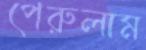
পেরুলাম